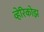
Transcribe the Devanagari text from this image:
व्हेरिकोझ